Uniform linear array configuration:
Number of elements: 24
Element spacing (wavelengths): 0.75
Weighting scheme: exponential
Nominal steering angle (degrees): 15
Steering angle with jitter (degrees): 13.676
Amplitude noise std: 0.05
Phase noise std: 0.05

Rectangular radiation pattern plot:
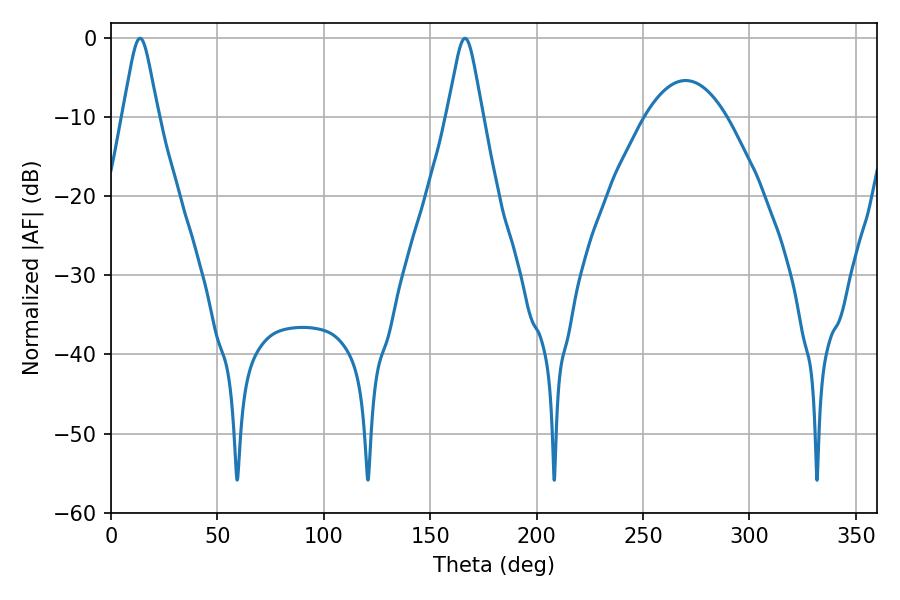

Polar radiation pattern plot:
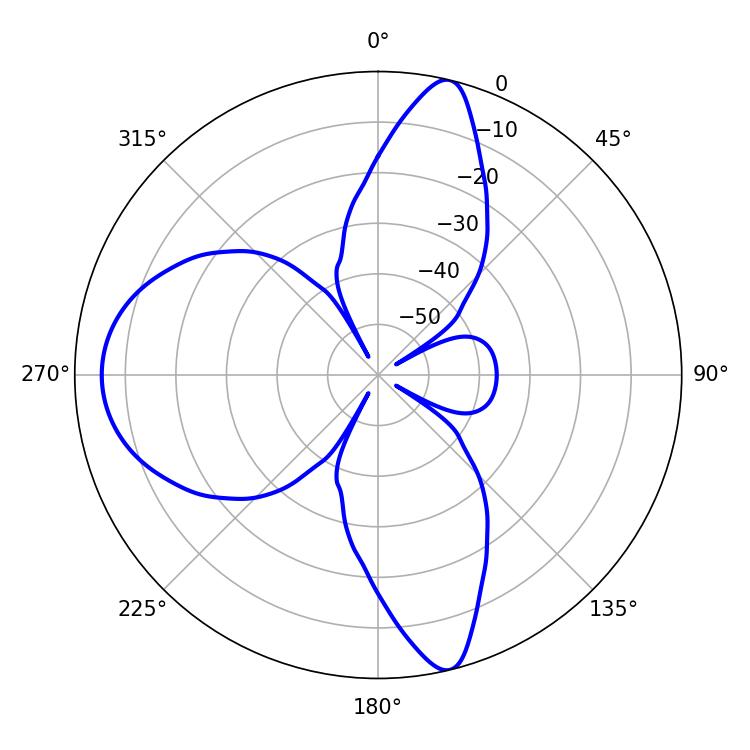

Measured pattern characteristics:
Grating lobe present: TRUE
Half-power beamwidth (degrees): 7.92
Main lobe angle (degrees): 13.68